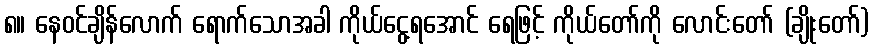
၈။ နေဝင်ချိန်လောက် ရောက်သောအခါ ကိုယ်ငွေ့ရအောင် ရေဖြင့် ကိုယ်တော်ကို လောင်းတော် (ချိုးတော်)